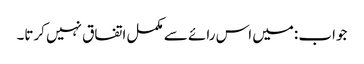
جواب :میں اس رائے سے مکمل اتفاق نہیں کرتا۔